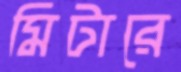
মিটারে